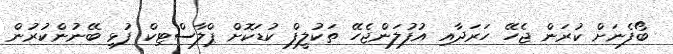
ބޯފެނަށް ކުރަން ޖެހޭ ހަރަދާއި އުފުލަންޖެހޭ ތަކުލީފް ކުޑަކޮށް ޕްލާސްޓިކް ފުޅި ބޭނުންކުރުން